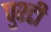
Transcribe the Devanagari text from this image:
पुश्टी